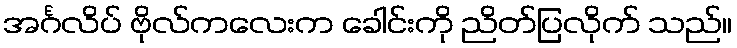
အင်္ဂလိပ် ဗိုလ်ကလေးက ခေါင်းကို ညိတ်ပြလိုက် သည်။